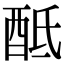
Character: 𨠏